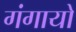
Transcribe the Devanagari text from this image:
गंगायो